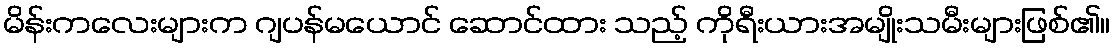
မိန်းကလေးများက ဂျပန်မယောင် ဆောင်ထား သည့် ကိုရီးယားအမျိုးသမီးများဖြစ်၏။